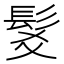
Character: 𩬃